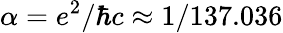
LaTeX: \alpha=e^{2}/\hbar c\approx 1/137.036